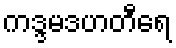
ကဒ္ဒမဒဟတီရေ